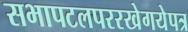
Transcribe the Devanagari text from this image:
सभापटलपररखेगयेपत्र